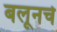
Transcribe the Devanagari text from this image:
बलूनचे